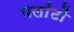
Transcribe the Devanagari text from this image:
पलाँटों